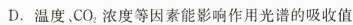
D.温度、CO_{2}浓度等因素能影响作用光谱的吸收值